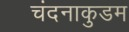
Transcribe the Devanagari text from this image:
चंदनाकुडम